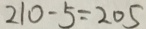
2 1 0 - 5 = 2 0 5